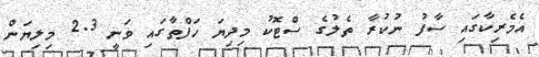
އެމެރިކާގައި ސާފު ނުކުރާ ތެލުގެ ސްޓޮކު މިދިޔަ ހަފްތާގައި ވަނީ 2.3 މިލިޔަން